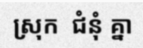
ស្រុក  ជំនុំ គ្នា